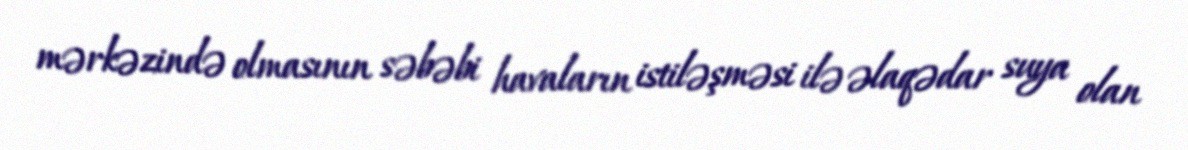
mərkəzində olmasının səbəbi havaların istiləşməsi ilə əlaqədar suya olan